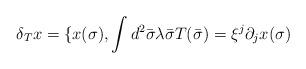
LaTeX: \begin{align*}\delta_Tx=\{x(\sigma),\int{}d^2\bar{\sigma}\lambda\bar{\sigma}T(\bar{\sigma})=\xi^j\partial_jx(\sigma)\end{align*}